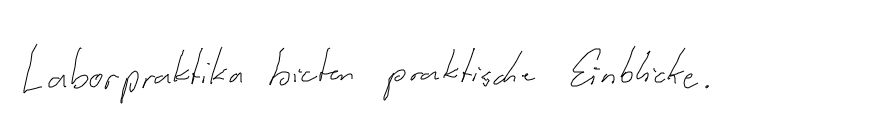
Laborpraktika bieten praktische Einblicke.